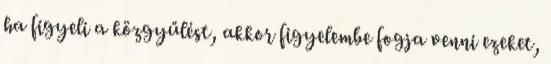
ha figyeli a közgyűlést, akkor figyelembe fogja venni ezeket,